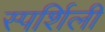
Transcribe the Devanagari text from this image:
स्पर्शिली